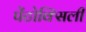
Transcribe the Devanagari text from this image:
पेंटोक्सिली